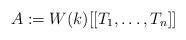
LaTeX: \begin{align*} A := W({k})[[T_1,\ldots, T_n]] \end{align*}